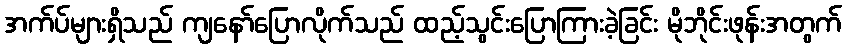
အက်ပ်များရှိသည် ကျနော်ပြောလိုက်သည် ထည့်သွင်းပြောကြားခဲ့ခြင်း မိုဘိုင်းဖုန်းအတွက်